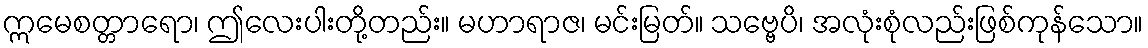
ဣမေစတ္တာရော၊ ဤလေးပါးတို့တည်း။ မဟာရာဇ၊ မင်းမြတ်။ သဗ္ဗေပိ၊ အလုံးစုံလည်းဖြစ်ကုန်သော။